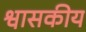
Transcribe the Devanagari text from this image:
श्वासकीय